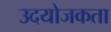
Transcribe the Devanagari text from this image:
उदयोजकता